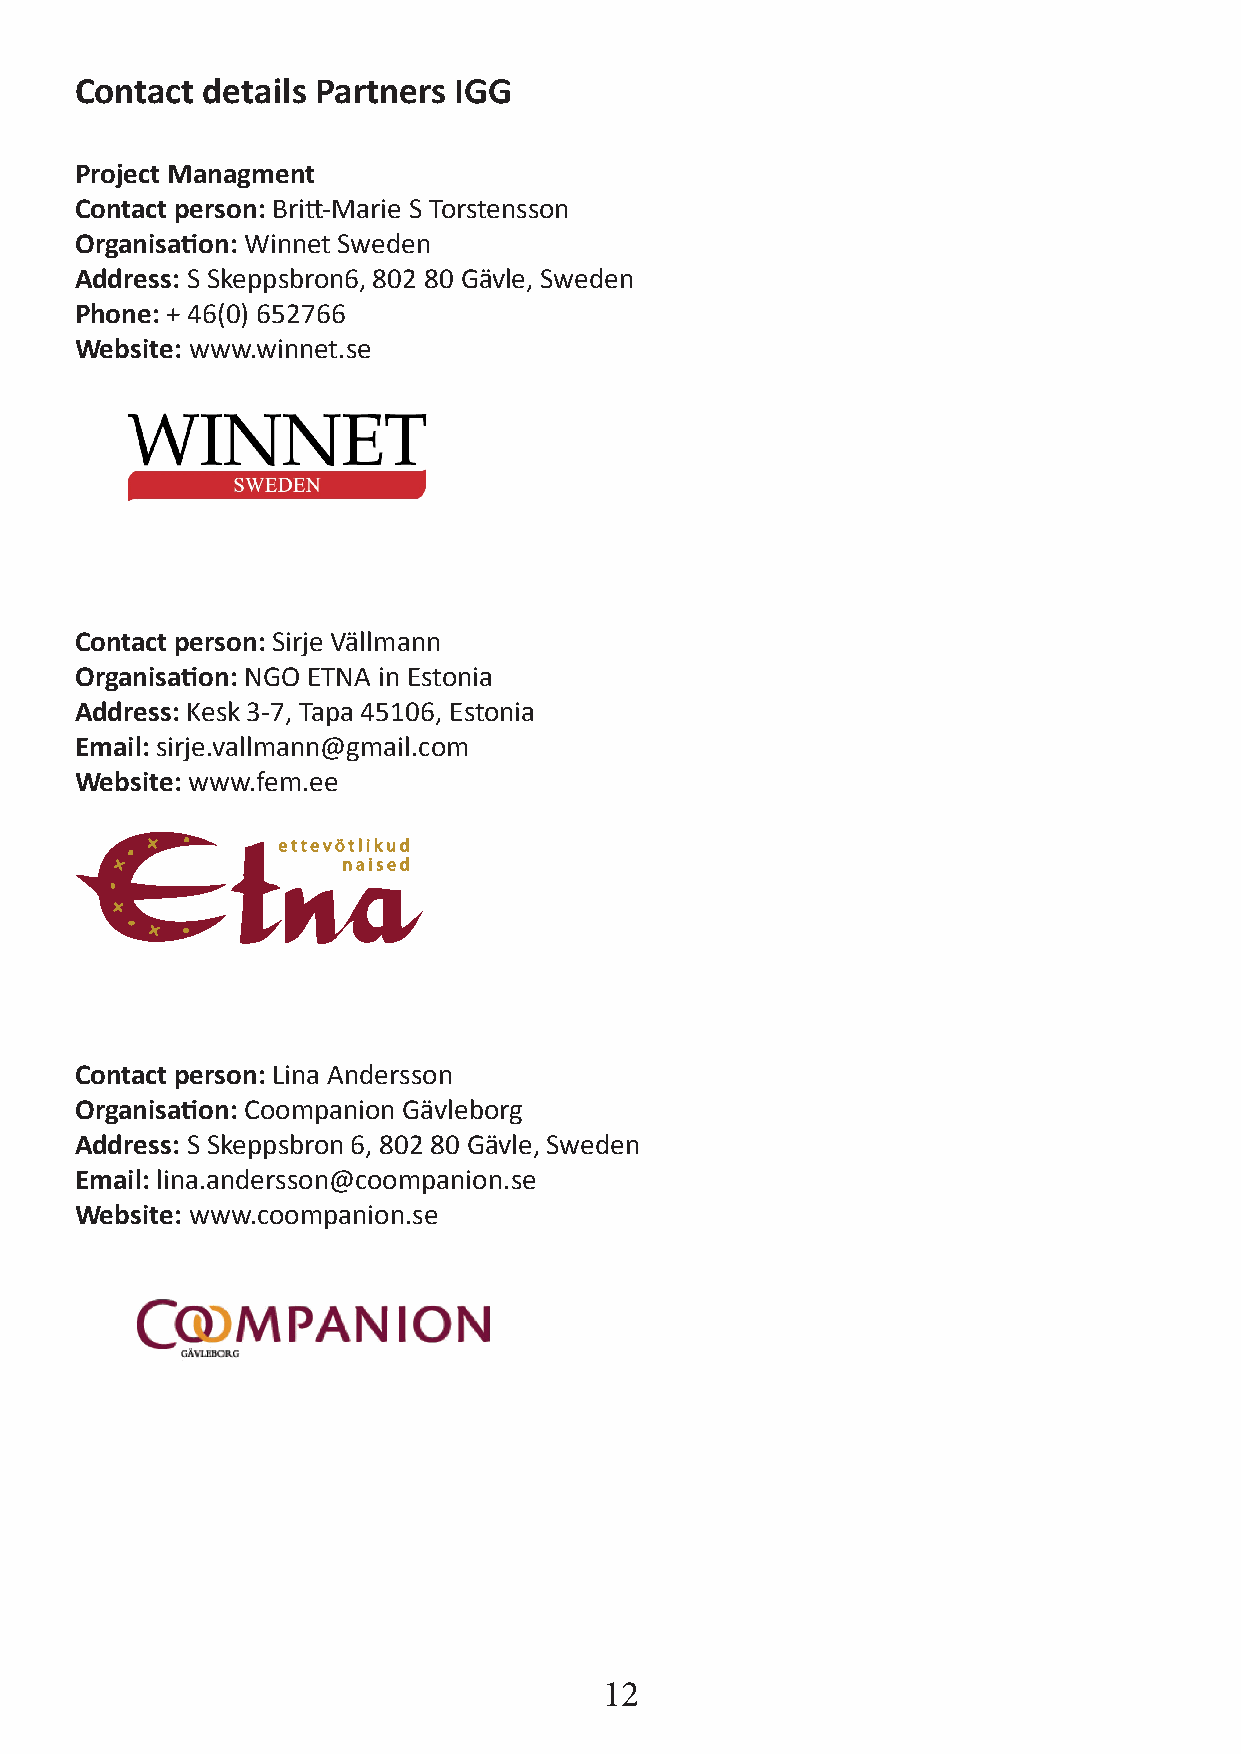
Contact details Partners IGG
 Project Managment
 Contact person: Britt-Marie S Torstensson
 Organisation: Winnet Sweden
 Address: S Skeppsbron6, 802 80 Gävle, Sweden
 Phone: + 46(0) 652766
 Website: www.winnet.se
 Contact person: Sirje Vällmann
 Organisation: NGO ETNA in Estonia
 Address: Kesk 3-7, Tapa 45106, Estonia
 Email: sirje.vallmann@gmail.com
 Website: www.fem.ee
 Contact person: Lina Andersson
 Organisation: Coompanion Gävleborg
 Address: S Skeppsbron 6, 802 80 Gävle, Sweden
 Email: lina.andersson@coompanion.se
 Website: www.coompanion.se
 12